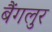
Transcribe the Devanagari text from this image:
बैंगलुर